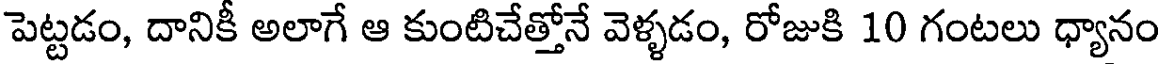
పెట్టడం, దానికీ అలాగే ఆ కుంటిచేత్తోనే వెళ్ళడం, రోజుకి 10 గంటలు ధ్యానం